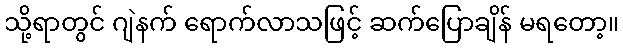
သို့ရာတွင် ဂျဲနက် ရောက်လာသဖြင့် ဆက်ပြောချိန် မရတော့။